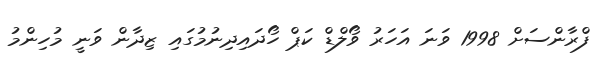
ފްރާންސަށް 1998 ވަނަ އަހަރު ވޯލްޑް ކަޕް ހޯދައިދިނުމުގައި ޒިދާން ވަނީ މުހިންމު